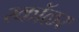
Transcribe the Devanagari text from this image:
स्कॉळर